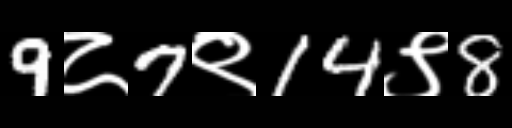
Text: 9८7९14९8